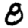
Digit: 8